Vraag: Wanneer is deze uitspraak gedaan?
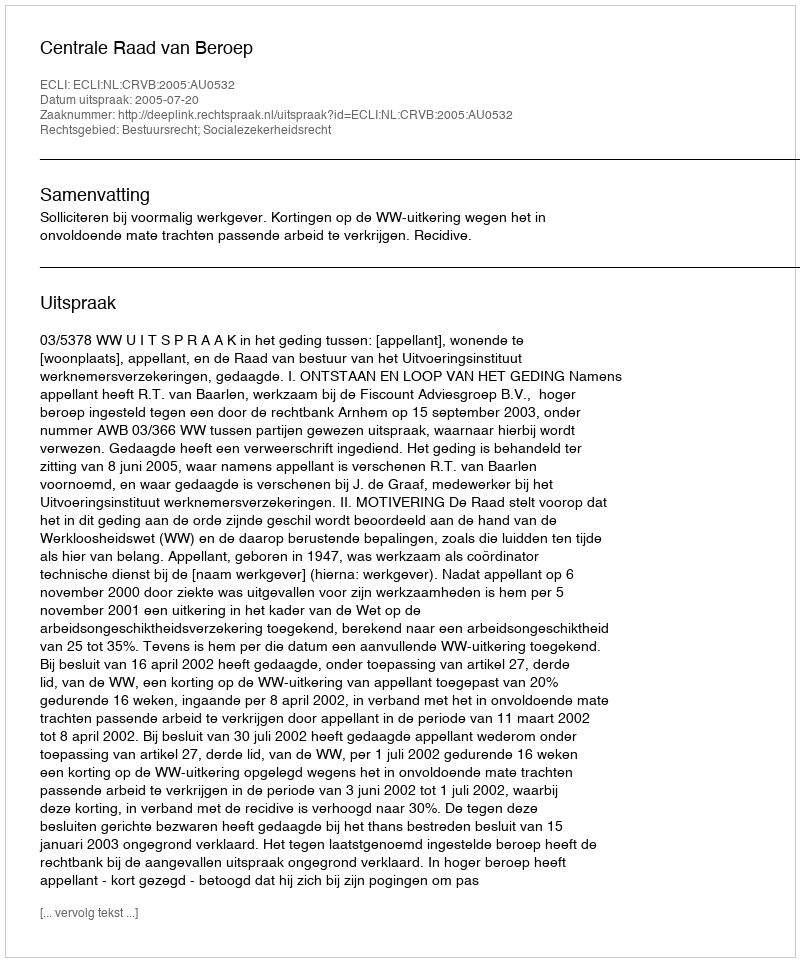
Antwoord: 2005-07-20